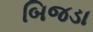
બિજડા